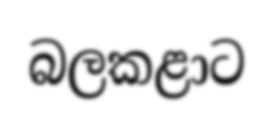
බලකළාට